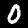
Label: 0